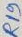
Text: R19